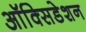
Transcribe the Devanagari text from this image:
ऑक्सिडेशन